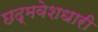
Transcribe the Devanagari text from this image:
छद्‍मवेशधारी